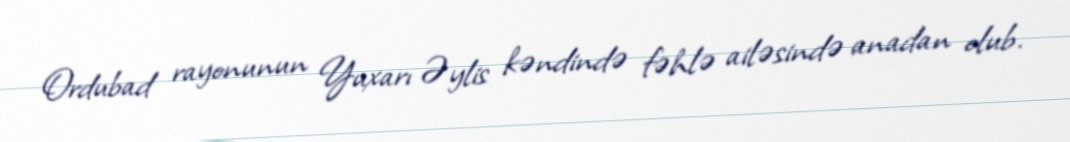
Ordubad rayonunun Yuxarı Əylis kəndində fəhlə ailəsində anadan olub.